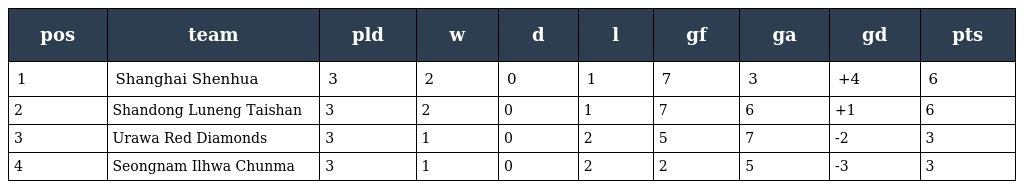
| pos | team | pld | w | d | l | gf | ga | gd | pts |
 | --- | --- | --- | --- | --- | --- | --- | --- | --- | --- |
 | 1 | Shanghai Shenhua | 3 | 2 | 0 | 1 | 7 | 3 | +4 | 6 |
 | 2 | Shandong Luneng Taishan | 3 | 2 | 0 | 1 | 7 | 6 | +1 | 6 |
 | 3 | Urawa Red Diamonds | 3 | 1 | 0 | 2 | 5 | 7 | -2 | 3 |
 | 4 | Seongnam Ilhwa Chunma | 3 | 1 | 0 | 2 | 2 | 5 | -3 | 3 |